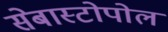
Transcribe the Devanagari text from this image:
सेबास्टोपोल